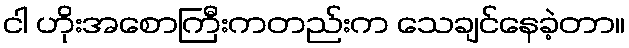
ငါ ဟိုးအစောကြီးကတည်းက သေချင်နေခဲ့တာ။